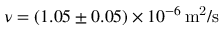
\nu = \left( 1 . 0 5 \pm 0 . 0 5 \right) \times 1 0 ^ { - 6 } \, \mathrm { m ^ { 2 } / s }